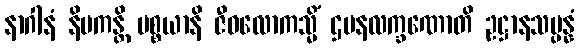
နာဂါနံ နိပကန္တိ ပစ္စယာနိ ဇီဝလောကသ္မိံ ဌပနလက္ခဏောတိ ဥဋ္ဌာနသမ္ပန္နံ